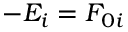
- E _ { i } = F _ { 0 i }